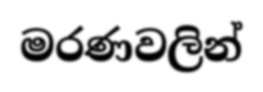
මරණවලින්